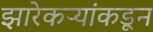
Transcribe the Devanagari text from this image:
झारेकऱ्यांकडून